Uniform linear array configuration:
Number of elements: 12
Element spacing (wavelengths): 0.75
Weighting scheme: hann
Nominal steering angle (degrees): -45
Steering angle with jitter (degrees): -43.92
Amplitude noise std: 0.05
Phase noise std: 0.05

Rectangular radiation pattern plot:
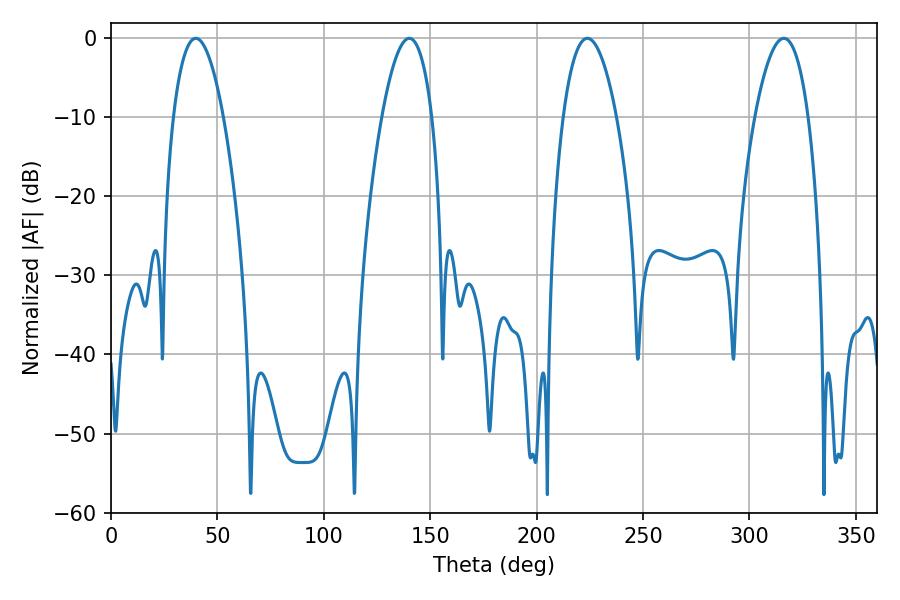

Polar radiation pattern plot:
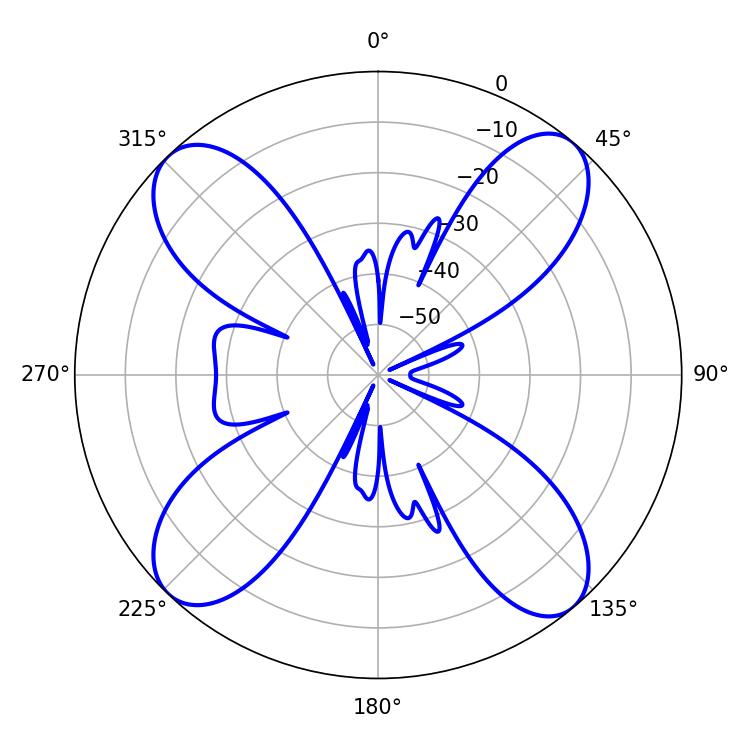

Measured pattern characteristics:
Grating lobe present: TRUE
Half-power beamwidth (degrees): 13.14
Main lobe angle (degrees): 39.78